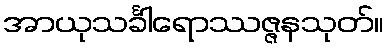
အာယုသင်္ခါရောဿဇ္ဇနသုတ်။